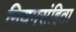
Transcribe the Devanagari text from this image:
नियमसंहिता